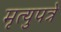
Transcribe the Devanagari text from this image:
मृत्युपत्रे